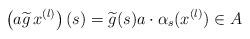
LaTeX: \begin{align*}\left( a \widetilde{g} \, x^{(l)} \right) (s) = \widetilde{g} (s) a \cdot \alpha_{s} (x^{(l)}) \in A\end{align*}